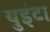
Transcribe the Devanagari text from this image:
युइंटा